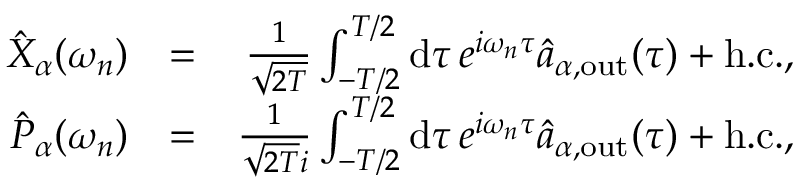
\begin{array} { r l r } { \hat { X } _ { \alpha } ( \omega _ { n } ) } & { = } & { \frac { 1 } { \sqrt { 2 T } } \int _ { - T / 2 } ^ { T / 2 } \mathrm { d } \tau \, e ^ { i \omega _ { n } \tau } \hat { a } _ { \alpha , \mathrm { o u t } } ( \tau ) + \mathrm { h . c . } , } \\ { \hat { P } _ { \alpha } ( \omega _ { n } ) } & { = } & { \frac { 1 } { \sqrt { 2 T } i } \int _ { - T / 2 } ^ { T / 2 } \mathrm { d } \tau \, e ^ { i \omega _ { n } \tau } \hat { a } _ { \alpha , \mathrm { o u t } } ( \tau ) + \mathrm { h . c . } , } \end{array}